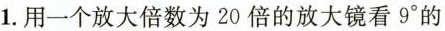
1.用一个放大倍数为20倍的放大镜看9°的